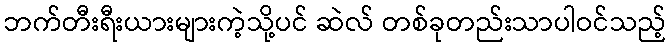
ဘက်တီးရီးယားများကဲ့သို့ပင် ဆဲလ် တစ်ခုတည်းသာပါဝင်သည့်